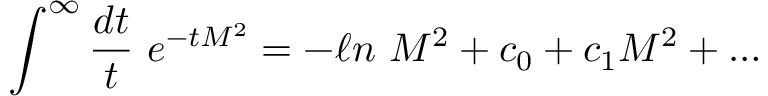
\int ^ { \infty } { \frac { d t } { t } } \ e ^ { - t M ^ { 2 } } = - \ell n \ M ^ { 2 } + c _ { 0 } + c _ { 1 } M ^ { 2 } + \dots